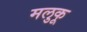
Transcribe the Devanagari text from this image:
मलुकू